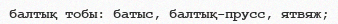
балтық тобы: батыс, балтық-прусс, ятвяж;